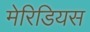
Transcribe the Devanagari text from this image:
मेरिडियस